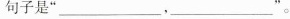
句子是”___ ，___ ”。